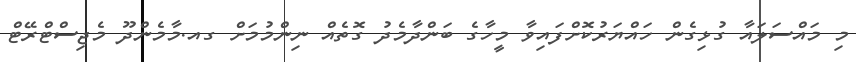
މި މައްސަލައާ ގުޅިގެން ހައްޔަރުކޮށްފައިވާ މީހާގެ ބަންދާމެދު ގޮތެއް ނިންމުމަށް ގއ.މާމެންދޫ މެޖިސްޓްރޭޓް